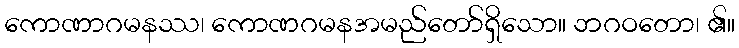
ကောဏာဂမနဿ၊ ကောဏဂမနအမည်တော်ရှိသော။ ဘဂဝတော၊ ၏။